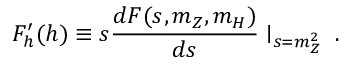
F _ { h } ^ { \prime } ( h ) \equiv s \frac { d F ( s , m _ { Z } , m _ { H } ) } { d s } \mid _ { s = m _ { Z } ^ { 2 } } \; .